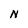
Character: N